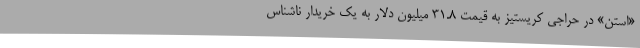
«استن» در حراجی کریستیز به قیمت 31.8 میلیون دلار به یک خریدار ناشناس